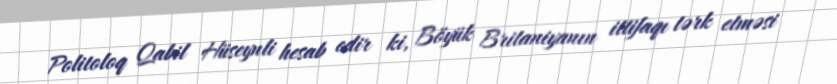
Politoloq Qabil Hüseynli hesab edir ki, Böyük Britaniyanın ittifaqı tərk etməsi